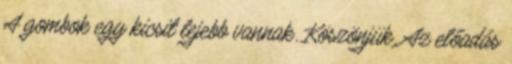
A gombok egy kicsit lejebb vannak. Köszönjük. Az előadás